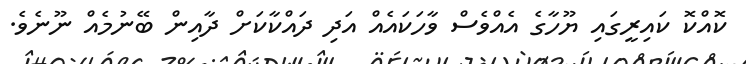
ކޮއްކޮ ކައިރީގައި ޔޫހާގެ އެއްވެސް ވާހަކައެއް އަދި ދައްކާކަށް ދާއިން ބޭނުމެއް ނޫނެވެ.